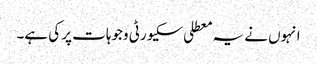
انہوں نے یہ معطلی سکیورٹی وجوہات پر کی ہے۔